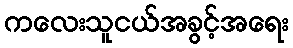
ကလေးသူငယ်အခွင့်အရေး